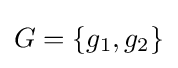
G=\{g_{1},g_{2}\}